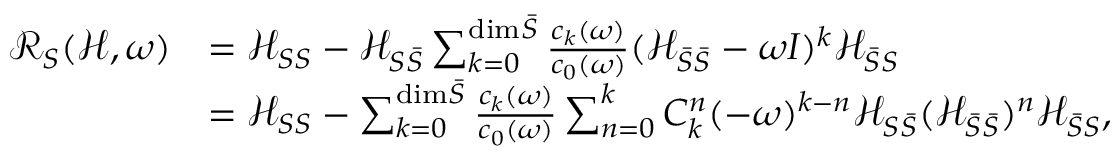
\begin{array} { r l } { \mathcal { R } _ { S } ( \mathcal { H } , \omega ) } & { = \mathcal { H } _ { S S } - \mathcal { H } _ { S \bar { S } } \sum _ { k = 0 } ^ { \mathrm { d i m } \bar { S } } \frac { c _ { k } ( \omega ) } { c _ { 0 } ( \omega ) } ( \mathcal { H } _ { \bar { S } \bar { S } } - \omega I ) ^ { k } \mathcal { H } _ { \bar { S } S } } \\ & { = \mathcal { H } _ { S S } - \sum _ { k = 0 } ^ { \mathrm { d i m } \bar { S } } \frac { c _ { k } ( \omega ) } { c _ { 0 } ( \omega ) } \sum _ { n = 0 } ^ { k } C _ { k } ^ { n } ( - \omega ) ^ { k - n } \mathcal { H } _ { S \bar { S } } ( \mathcal { H } _ { \bar { S } \bar { S } } ) ^ { n } \mathcal { H } _ { \bar { S } S } , } \end{array}